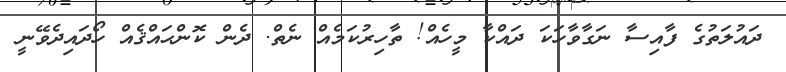
ދައުލަތުގެ ފާއިސާ ނަގާވާހަކަ ދައްކާ މީހެއް! ތާހިރުކަމެއް ނެތް. ދެން ކޮންޙައްޤެއް ހޯދައިދެވޭނީ